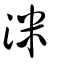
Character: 洣